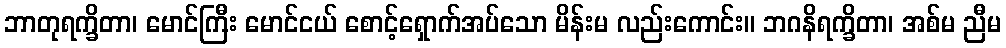
ဘာတုရက္ခိတာ၊ မောင်ကြီး မောင်ငယ် စောင့်ရှောက်အပ်သော မိန်းမ လည်းကောင်း။ ဘဂနိရက္ခိတာ၊ အစ်မ ညီမ